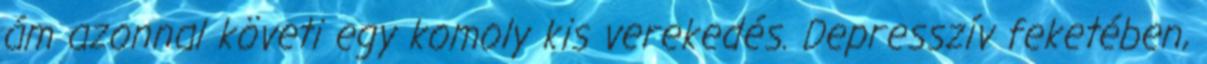
ám azonnal követi egy komoly kis verekedés. Depresszív feketében,